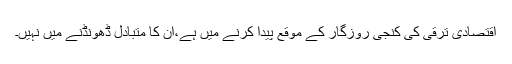
اقتصادی ترقی کی کنجی روزگار کے موقع پیدا کرنے میں ہے،ان کا متبادل ڈھونڈنے میں نہیں۔